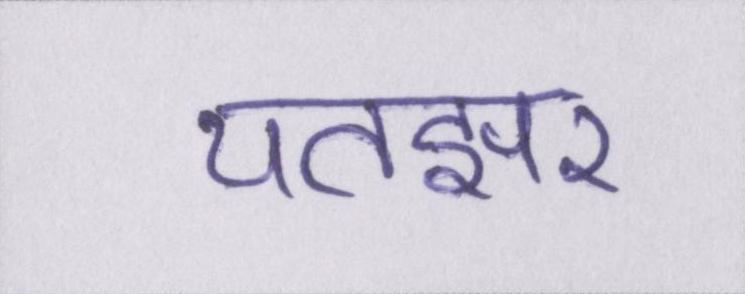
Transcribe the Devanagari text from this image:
पतझर